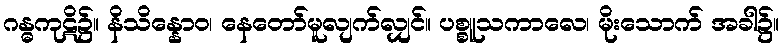
ဂန္ဓကုဋိ၌။ နိသိန္နောဝ၊ နေတော်မူလျက်လျှင်။ ပစ္စူသကာလေ၊ မိုးသောက် အခါ၌။